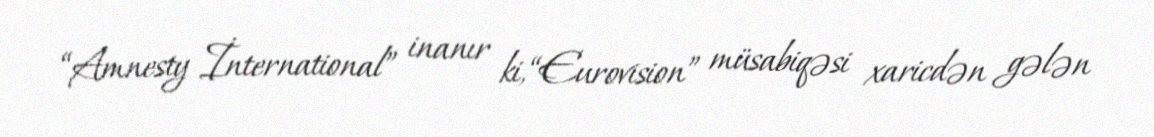
“Amnesty İnternational” inanır ki, “Eurovision” müsabiqəsi xaricdən gələn